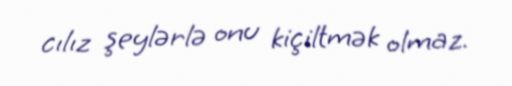
cılız şeylərlə onu kiçiltmək olmaz.